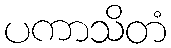
ပကာသိတံ